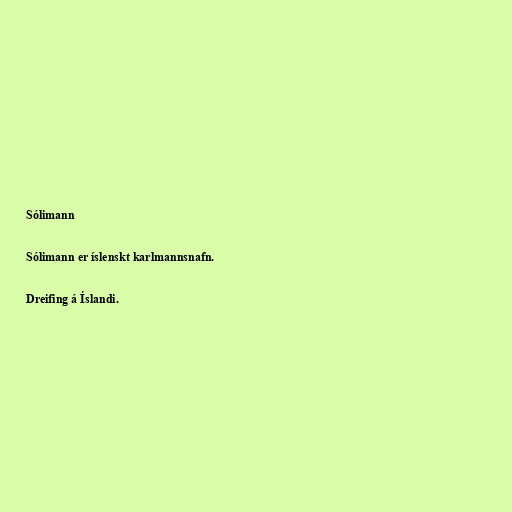
Sólimann

Sólimann er íslenskt karlmannsnafn.

Dreifing á Íslandi.